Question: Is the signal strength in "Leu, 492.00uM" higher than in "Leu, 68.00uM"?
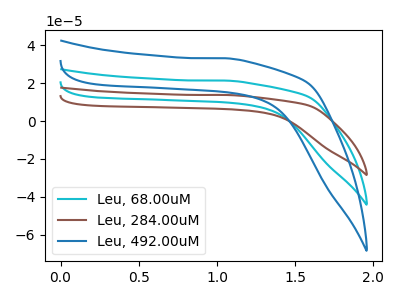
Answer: <think>The cyan curve "Leu, 68.00uM" has no peaks. The brown curve "Leu, 284.00uM" has no peaks. The blue curve "Leu, 492.00uM" has no peaks.
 Neither "Leu, 492.00uM" or "Leu, 68.00uM" have any peaks.</think>
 <answer>I cant tell if "Leu, 492.00uM" or "Leu, 68.00uM" has more signal.</answer>
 <eval>mixed_signal</eval>